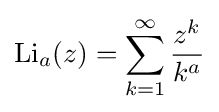
\operatorname {Li} _{a}(z)=\sum _{k=1}^{\infty }{\frac {z^{k}}{k^{a}}}